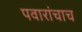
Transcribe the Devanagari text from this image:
पवारांचाच